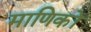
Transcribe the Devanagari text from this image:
माणिकों